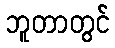
ဘူတာတွင်